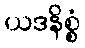
ယဒနိစ္စံ